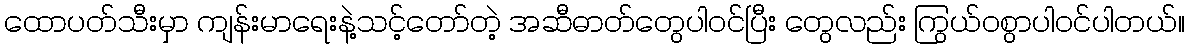
ထောပတ်သီးမှာ ကျန်းမာရေးနဲ့သင့်တော်တဲ့ အဆီဓာတ်တွေပါဝင်ပြီး တွေလည်း ကြွယ်ဝစွာပါဝင်ပါတယ်။